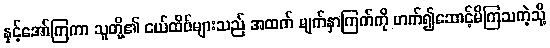
နှင့်အော်ကြကာ သူတို့၏ ငယ်ထိပ်များသည် အထက် မျက်နှာကြက်ကို ဟက်၍ဆောင့်မိကြသကဲ့သို့